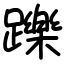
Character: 躒